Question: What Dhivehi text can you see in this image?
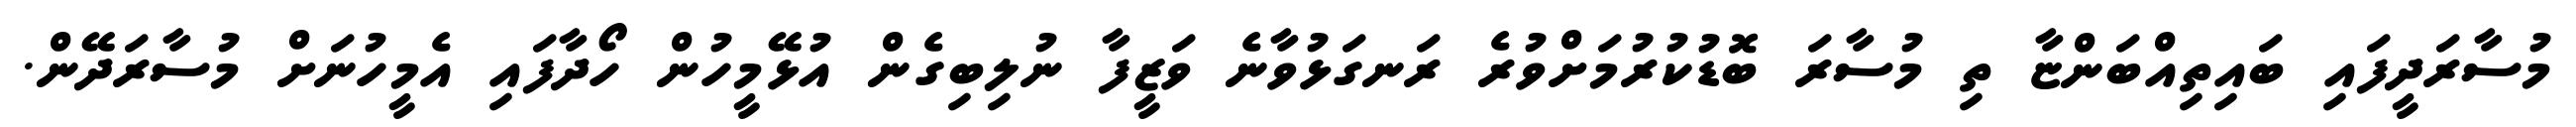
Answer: މުސާރަދީފައި ބައިތިއްބަންޏާ ތި މުސާރަ ބޮޑުކުރުމަށްވުރެ ރަނގަޅުވާނެ ވަޒީފާ ނުލިބިގެން އުޅޭމީހުން ހޯދާފައި އެމީހުނަށް މުސާރަދޭން.